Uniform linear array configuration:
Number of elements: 32
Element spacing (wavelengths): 0.5
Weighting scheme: kaiser
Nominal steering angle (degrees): -30
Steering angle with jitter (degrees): -28.491
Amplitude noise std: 0.05
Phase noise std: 0.05

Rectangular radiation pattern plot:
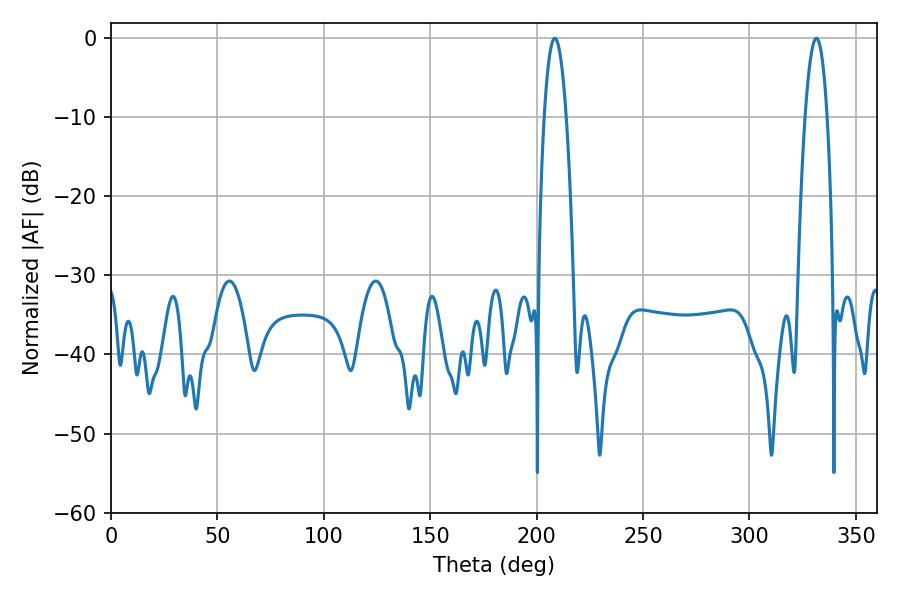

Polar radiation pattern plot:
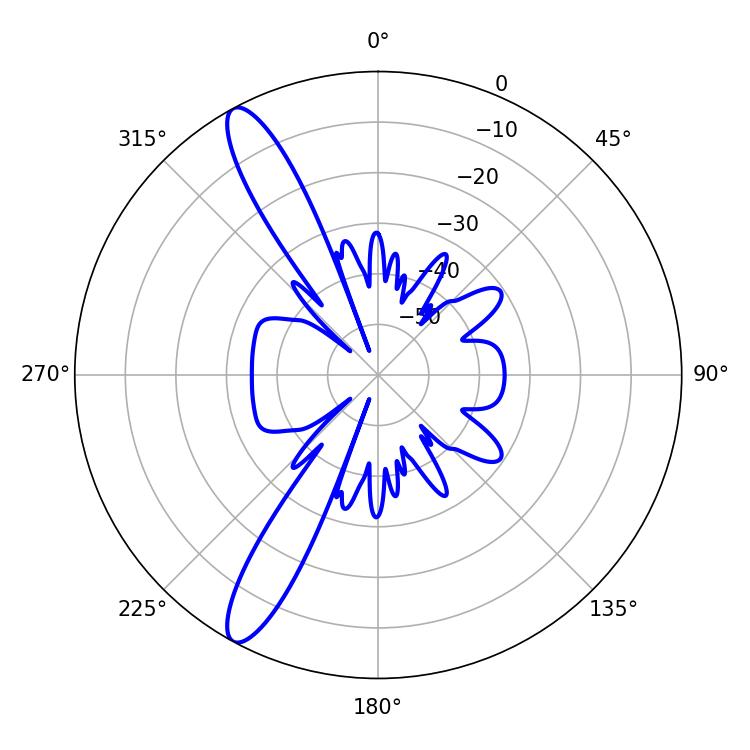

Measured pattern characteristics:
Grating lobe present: FALSE
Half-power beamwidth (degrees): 5.76
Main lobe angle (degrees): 208.62